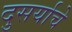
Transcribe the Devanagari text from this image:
दुसर्याचे